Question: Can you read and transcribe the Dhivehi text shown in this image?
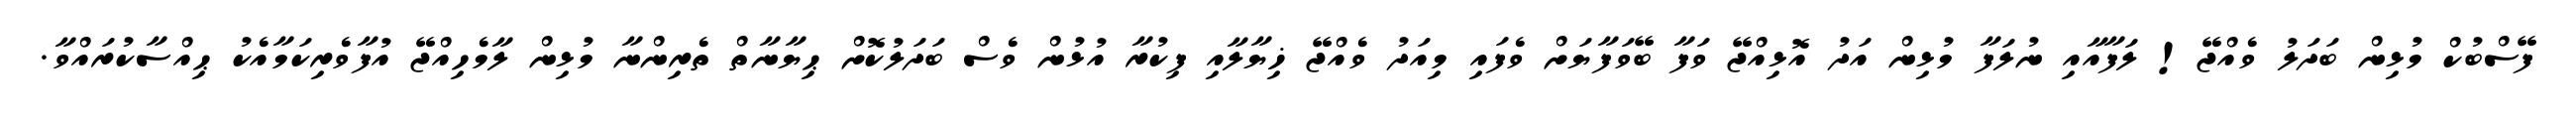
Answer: ފޭސްބުކް މުޅިން ބަދަލު ވެއްޖޭ! ލަފާއާއި ނުލަފާ މުޅިން އަދު އޮޅިއްޖޭ ވަފާ ބޭވަފާޔަށް ވެފައި މިއަދު ވެއްޖޭ ޚިޔާލާއި ފިކުރާ އުޅުން ވެސް ބަދަލުކޮށް ޙިޔާނާތް ތެރިންނާ މުޅިން ލާމެހިއްޖޭ އުފާވެރިކަމާއެކު ޙިއްސާކުރައްވާ.